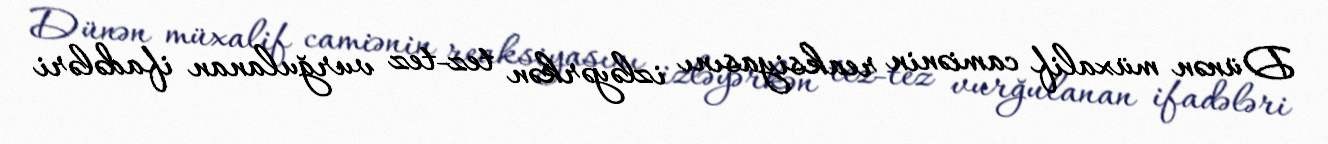
Dünən müxalif camiənin reaksiyasını izləyərkən tez-tez vurğulanan ifadələri